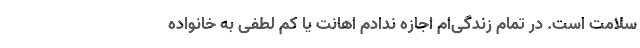
سلامت است. در تمام زندگی‌ام اجازه ندادم اهانت یا کم لطفی به خانواده